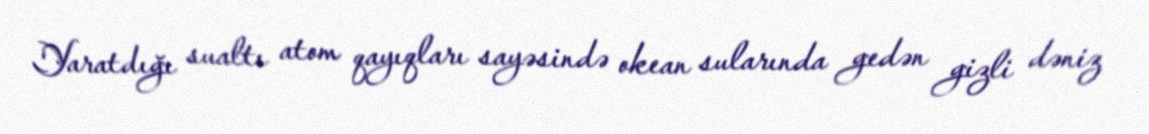
Yaratdığı sualtı atom qayıqları sayəsində okean sularında gedən gizli dəniz